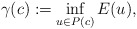
\begin{align*} \gamma(c):=\inf_{u \in P(c)} E(u),\end{align*}